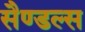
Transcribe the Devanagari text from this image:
सैण्डल्स